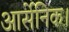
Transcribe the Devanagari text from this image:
आर्सेनिक।